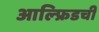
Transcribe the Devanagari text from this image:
आल्फ्रिडची